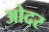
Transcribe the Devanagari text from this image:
ओदर